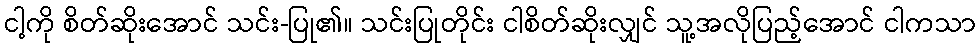
ငါ့ကို စိတ်ဆိုးအောင် သင်း-ပြု၏။ သင်းပြုတိုင်း ငါစိတ်ဆိုးလျှင် သူ့အလိုပြည့်အောင် ငါကသာ